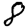
Digit: 8